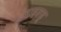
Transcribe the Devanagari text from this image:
बाइक्डू